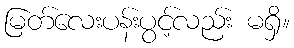
မြတ်လေးပန်းပွင့်လည်း မရှိ။